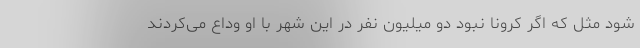
شود مثل که اگر کرونا نبود دو میلیون نفر در این شهر با او وداع می‌کردند